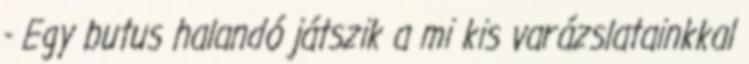
- Egy butus halandó játszik a mi kis varázslatainkkal